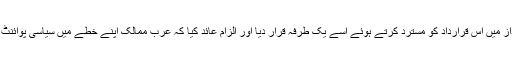
اقوامِ متحدہ میں امریکی مندوب نکی ہیلی نے شکست خوردہ انداز میں اس قرارداد کو مسترد کرتے ہوئے اسے یک طرفہ قرار دیا اور الزام عائد کیا کہ عرب ممالک اپنے خطے میں سیاسی پوائنٹ اسکورنگ کرنا چاہتے ہیں، اسی لیے یہ قرارداد پیش کی گئی۔